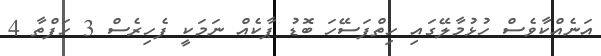
އަނެއްކާވެސް ހުޅުމާލޭގައި ހިތްފަސޭހަ ބޮޑު ޕާކެއް ނަމަކީ ފެހިރެސް 3 ހަފްތާ 4